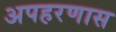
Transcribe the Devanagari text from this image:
अपहरणास